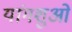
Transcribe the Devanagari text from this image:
यांगशुओ